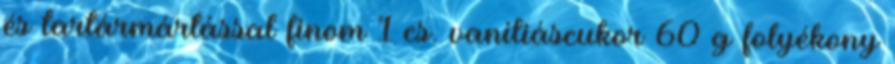
és tartármártással finom 1 cs. vaníliáscukor 60 g folyékony